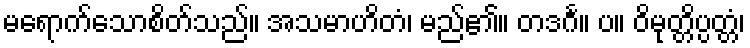
မရောက်သောစိတ်သည်။ အသမာဟိတံ၊ မည်၏။ တဒင်္ဂ။ ပ။ ဝိမုတ္တိပ္ပတ္တံ၊